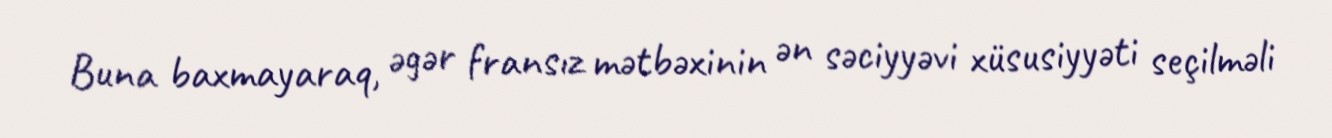
Buna baxmayaraq, əgər fransız mətbəxinin ən səciyyəvi xüsusiyyəti seçilməli